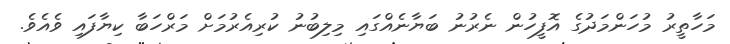
މަހާތީރު މުހަންމަދުގެ އޮފީހުން ނެރުނު ބަޔާނެއްގައި މިލިބުނު ކުރިއެރުމަށް މަރްހަބާ ކިޔާފައި ވެއެވެ.